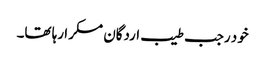
خود رجب طیب اردگان مسکرا رہا تھا۔